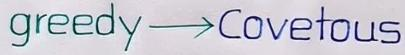
greedy ---> Covetous